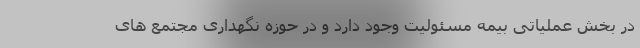
در بخش عملیاتی بیمه مسئولیت وجود دارد و در حوزه نگهداری مجتمع های